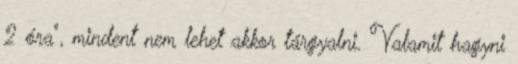
2 óra", mindent nem lehet akkor tárgyalni. Valamit hagyni